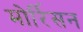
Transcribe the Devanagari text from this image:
मोर्रिसन